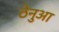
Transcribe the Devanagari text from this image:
ठेनुआ